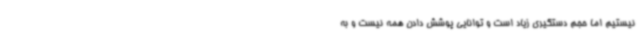
نیستیم اما حجم دستگیری زیاد است و توانایی پوشش دادن همه نیست و به